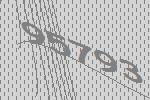
95793